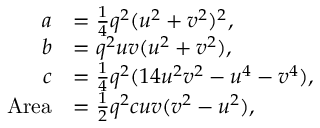
{ \begin{array} { r l } { a } & { = { \frac { 1 } { 4 } } q ^ { 2 } ( u ^ { 2 } + v ^ { 2 } ) ^ { 2 } , } \\ { b } & { = q ^ { 2 } u v ( u ^ { 2 } + v ^ { 2 } ) , } \\ { c } & { = { \frac { 1 } { 4 } } q ^ { 2 } ( 1 4 u ^ { 2 } v ^ { 2 } - u ^ { 4 } - v ^ { 4 } ) , } \\ { { \mathrm { A r e a } } } & { = { \frac { 1 } { 2 } } q ^ { 2 } c u v ( v ^ { 2 } - u ^ { 2 } ) , } \end{array} }